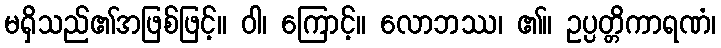
မရှိသည်၏အဖြစ်ဖြင့်။ ဝါ၊ ကြောင့်။ လောဘဿ၊ ၏။ ဥပ္ပတ္တိကာရဏံ၊